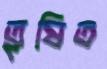
তৃষিত